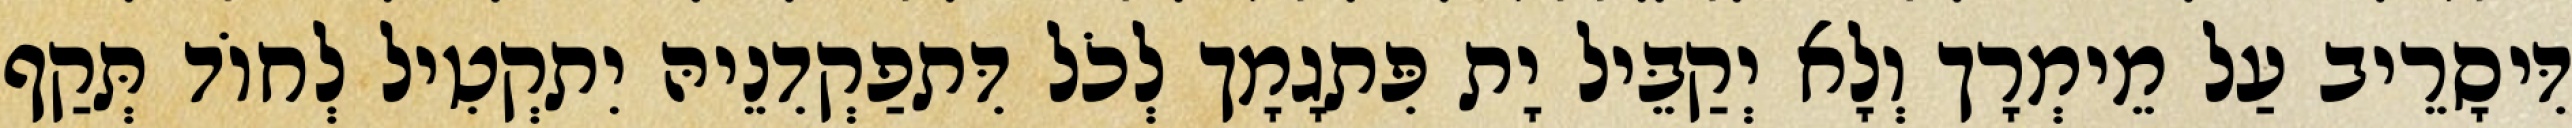
דִּיסָרֵיב עַל מֵימְרָך וְלָא יְקַבֵּיל יָת פִּתגָמָך לְכֹל דִּתפַקְדִנֵיהּ יִתקְטִיל לְחוֹד תְּקַף